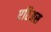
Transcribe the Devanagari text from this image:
एरिअस